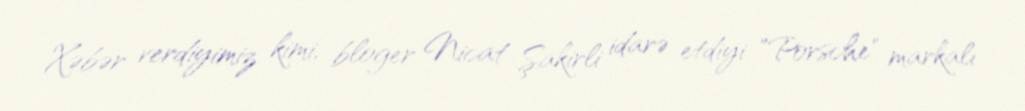
Xəbər verdiyimiz kimi, bloger Nicat Şakirli idarə etdiyi "Porsche" markalı